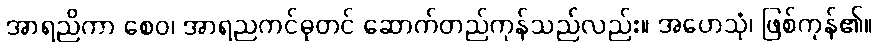
အာရညိကာ စေဝ၊ အာရညကင်ဓုတင် ဆောက်တည်ကုန်သည်လည်း။ အဟေသုံ၊ ဖြစ်ကုန်၏။